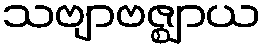
သဗျာဗဇ္ဈာယ